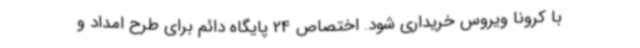
با کرونا ویروس خریداری شود. اختصاص 24 پایگاه دائم برای طرح امداد و